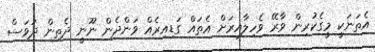
އެތަނަކީ މީގެކުރިން ވާރޭ ވެހިލާއިރަށް އެތައް ގަޑިއިރެއް ވަންދެން ނޫނީ ދެތިން ދުވަސް